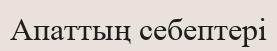
Апаттың себептері